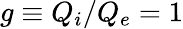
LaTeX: g\equiv Q_{i}/Q_{e}=1